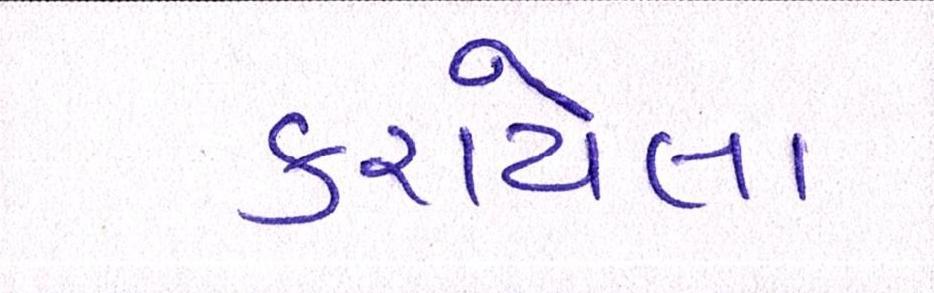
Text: કરાયેલા